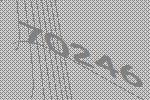
70246